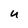
Character: u